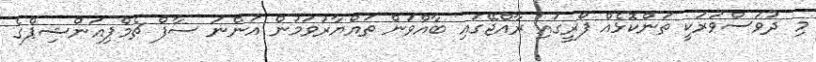
މި ދުވަސްވަރަކީ ތަންކޮޅެއް ފޯރީގައި ރާއްޖޭގައި ބާއްވަން ތައްޔާރުވަމުން އަންނަ ސާފް ޗެމްޕިއަންޝިޕްގެ